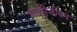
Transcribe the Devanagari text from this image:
भावीजीवन